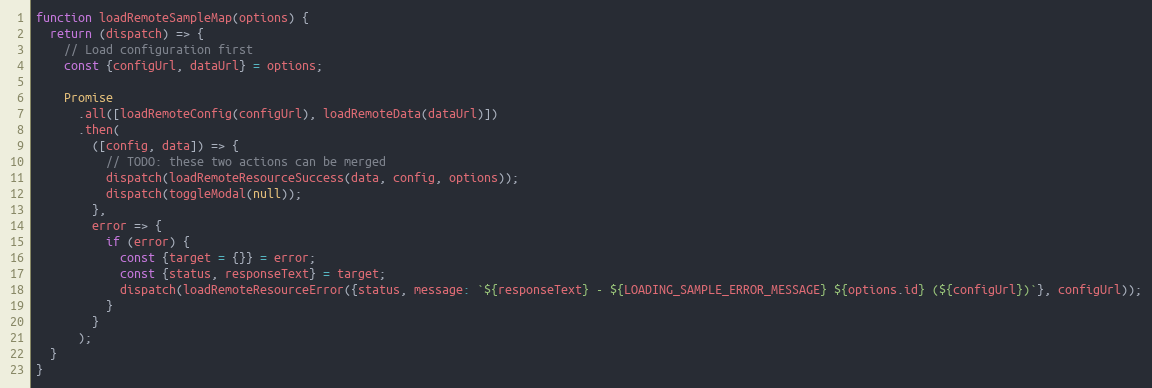
Language: JavaScript
function loadRemoteSampleMap(options) {
  return (dispatch) => {
    // Load configuration first
    const {configUrl, dataUrl} = options;

    Promise
      .all([loadRemoteConfig(configUrl), loadRemoteData(dataUrl)])
      .then(
        ([config, data]) => {
          // TODO: these two actions can be merged
          dispatch(loadRemoteResourceSuccess(data, config, options));
          dispatch(toggleModal(null));
        },
        error => {
          if (error) {
            const {target = {}} = error;
            const {status, responseText} = target;
            dispatch(loadRemoteResourceError({status, message: `${responseText} - ${LOADING_SAMPLE_ERROR_MESSAGE} ${options.id} (${configUrl})`}, configUrl));
          }
        }
      );
  }
}